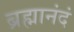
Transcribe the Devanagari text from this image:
ब्रह्मानंदं